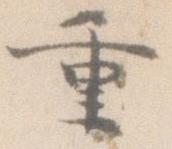
重